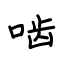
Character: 啮